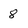
Character: 8